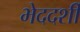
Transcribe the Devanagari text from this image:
भेददर्शी